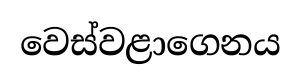
වෙස්වළාගෙනය